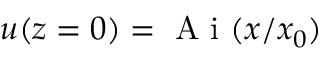
u ( z = 0 ) = \mathrm { ~ A ~ i ~ } ( x / x _ { 0 } )